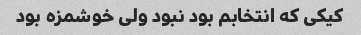
کیکی که انتخابم بود نبود ولی خوشمزه بود